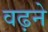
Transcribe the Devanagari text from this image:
वढ़ने